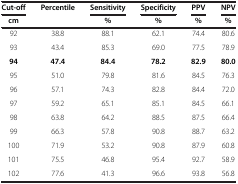
<table><thead><tr><td><b>Cut-off</b></td><td><b>Percentile</b></td><td><b>Sensitivity</b></td><td><b>Specificity</b></td><td><b>PPV</b></td><td><b>NPV</b></td></tr><tr><td><b>cm</b></td><td><b> </b></td><td><b>%</b></td><td><b>%</b></td><td><b>%</b></td><td><b>%</b></td></tr></thead><tbody><tr><td>92</td><td>38.8</td><td>88.1</td><td>62.1</td><td>74.4</td><td>80.6</td></tr><tr><td>93</td><td>43.4</td><td>85.3</td><td>69.0</td><td>77.5</td><td>78.9</td></tr><tr><td><b>94</b></td><td><b>47.4</b></td><td><b>84.4</b></td><td><b>78.2</b></td><td><b>82.9</b></td><td><b>80.0</b></td></tr><tr><td>95</td><td>51.0</td><td>79.8</td><td>81.6</td><td>84.5</td><td>76.3</td></tr><tr><td>96</td><td>57.1</td><td>74.3</td><td>82.8</td><td>84.4</td><td>72.0</td></tr><tr><td>97</td><td>59.2</td><td>65.1</td><td>85.1</td><td>84.5</td><td>66.1</td></tr><tr><td>98</td><td>63.8</td><td>64.2</td><td>88.5</td><td>87.5</td><td>66.4</td></tr><tr><td>99</td><td>66.3</td><td>57.8</td><td>90.8</td><td>88.7</td><td>63.2</td></tr><tr><td>100</td><td>71.9</td><td>53.2</td><td>90.8</td><td>87.9</td><td>60.8</td></tr><tr><td>101</td><td>75.5</td><td>46.8</td><td>95.4</td><td>92.7</td><td>58.9</td></tr><tr><td>102</td><td>77.6</td><td>41.3</td><td>96.6</td><td>93.8</td><td>56.8</td></tr></tbody></table>